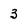
Character: 3